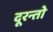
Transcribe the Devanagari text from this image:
दूरन्तो